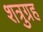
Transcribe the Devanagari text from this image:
शत्रुग्रह